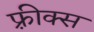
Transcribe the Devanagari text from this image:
फ़्रीक्स